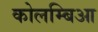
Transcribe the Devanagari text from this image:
कोलम्बिआ